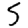
Digit: 5